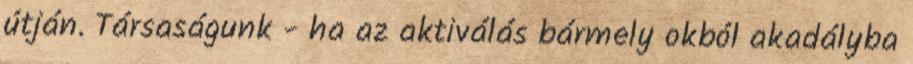
útján. Társaságunk - ha az aktiválás bármely okból akadályba